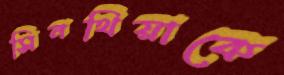
সিনথিয়াকে